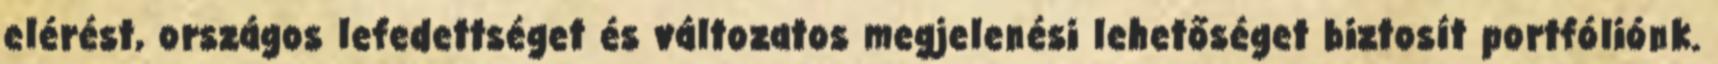
elérést, országos lefedettséget és változatos megjelenési lehetőséget biztosít portfóliónk.